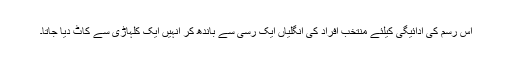
اس رسم کی ادائیگی کیلئے منتخب افراد کی انگلیاں ایک رسی سے باندھ کر انہیں ایک کلہاڑی سے کاٹ دیا جاتا۔